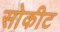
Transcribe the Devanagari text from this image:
सोकीट